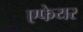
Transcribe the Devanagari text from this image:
एफेयर